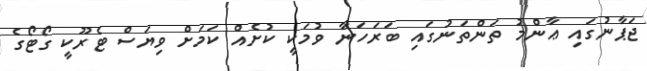
ޖަޕާނުގައި ޢާންމު ތަންތަނުގައި ބަރަހަނާ ވުމަކީ ކުށެއް ކަމަށް ވިޔަސް ޓެރޫކީ ގޯޓޯގެ